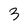
Character: 3